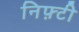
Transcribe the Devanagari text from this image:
निफ़्टी